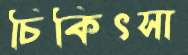
চিকিৎসা